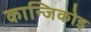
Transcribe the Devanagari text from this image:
कान्जिकोड़